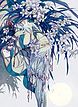
东风夜放花千树。更吹落星如雨。